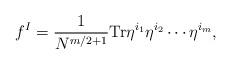
LaTeX: \begin{align*}f^I = \frac{1}{N^{m/2 + 1}} {\rm Tr} \eta^{i_1} \eta^{i_2} \cdots \eta^{i_m},\end{align*}